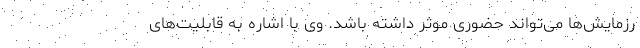
رزمایش‌ها می‌تواند حضوری موثر داشته باشد. وی با اشاره به قابلیت‌های